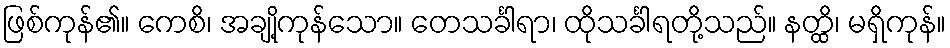
ဖြစ်ကုန်၏။ ကေစိ၊ အချို့ကုန်သော။ တေသင်္ခါရာ၊ ထိုသင်္ခါရတို့သည်။ နတ္ထိ၊ မရှိကုန်။